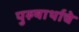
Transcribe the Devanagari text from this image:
पुरुषार्थाचे